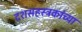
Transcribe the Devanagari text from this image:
दशसहस्त्रकांच्या